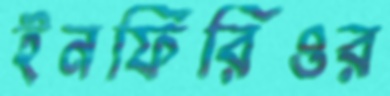
ইনফিরিওর